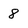
Character: 8